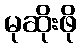
မုဆိုးဖို